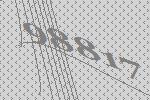
98817